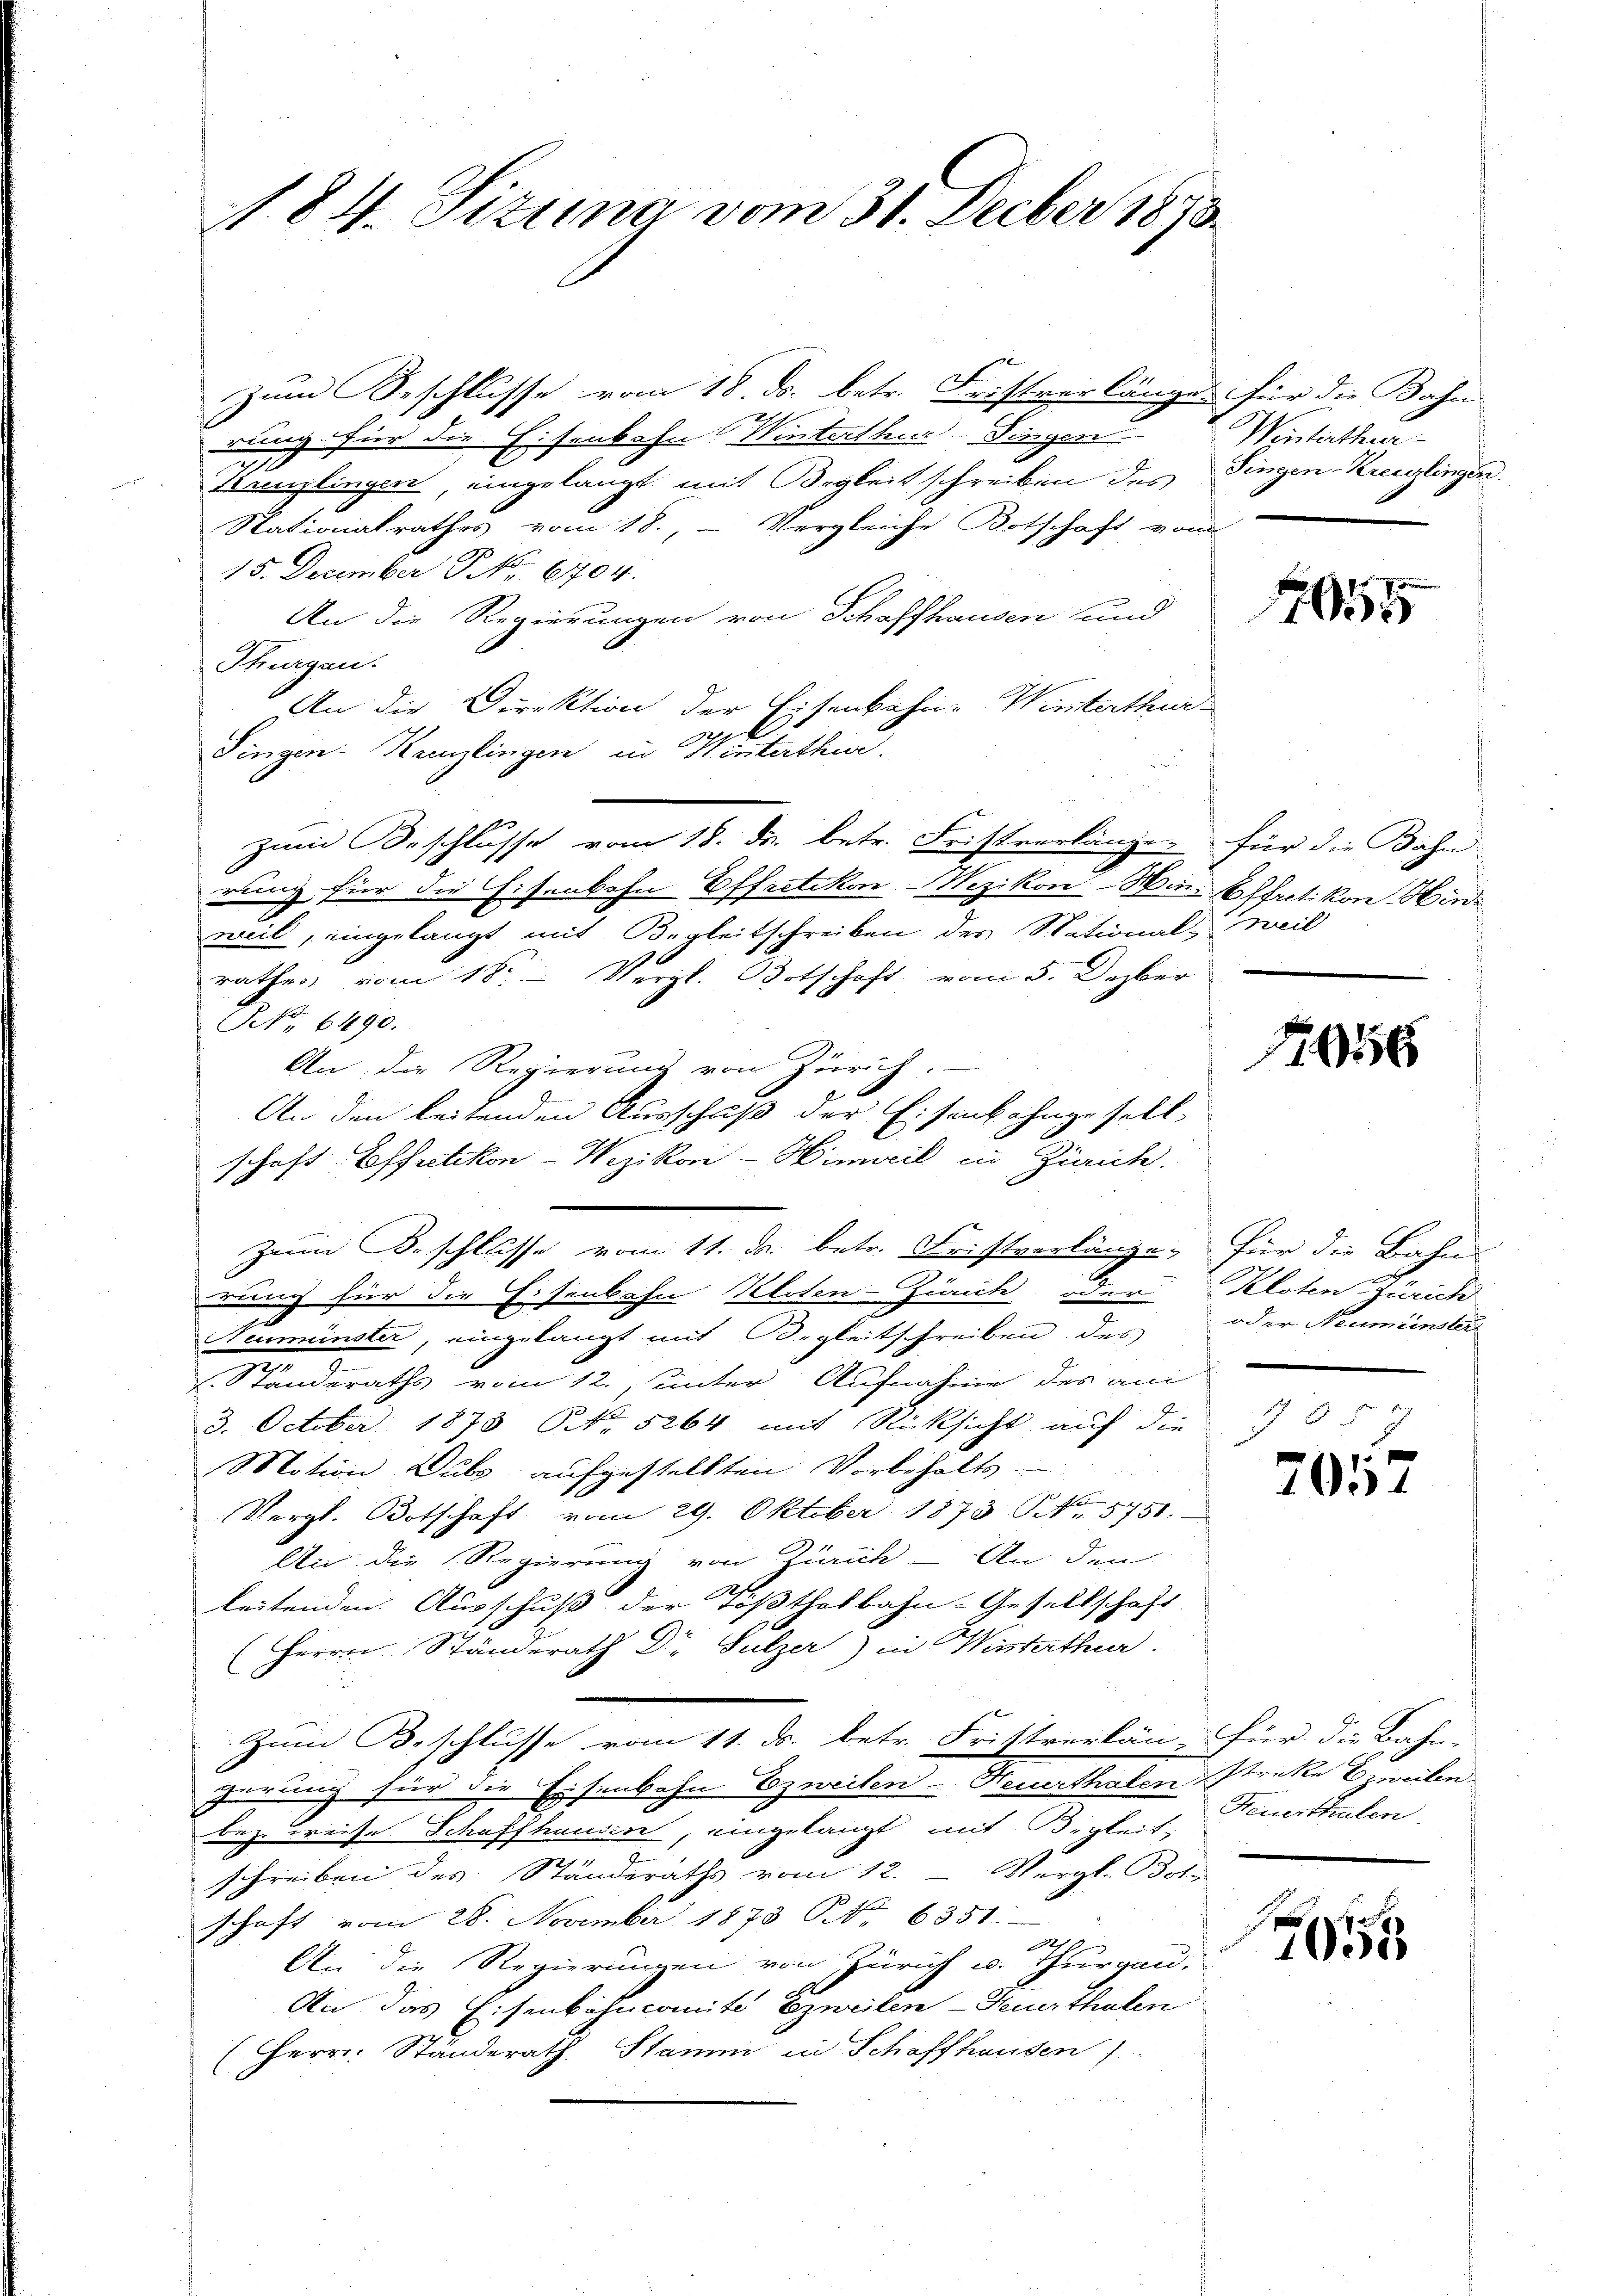
1.84. Tituna vom 31. Decber 1873.

Zum Beschlusse vom 18. ds. betr. Fristverlänge für die Bahn
rung für die Eisenbahn Winterthur–Singen.
Baenzlingen, eingelangt mit Begleit schreiben des Fingen Kreuzlingen.
Nationalrathes vom 18., Vergleiche Botschaft vom
15. December No. 6704.
An die Regierungen von Schaffhausen und
Thurgen.
An die Direktion der Eisenbahn-Winterthur

Singen-Kanzlingen in Hinterthur.
zum Beschlusse vom 18. ds. betr. Fristverlänger für die Bahn
rung für die Eisenbahn Effretikon-Wezikon - Wie Effretikon Hinweil, eingelangt mit Begleitschreiben des Stational-Weil
rathes vom 18. Vergl. Botschaft vom 5. Dezber
NNo. 6490.
An die Regierung von Zürich.
An den leitenden Ausschuß der Eisenbahngesell,
schaft Effretikon-Wezikon-Hinweil in Zürich.
zum Beschlusse vom 11. d. betr. Fristverlänge, für die Bahne
auch für die Eisenbahn Heiten-Zürich oder Kloten Zürich
Neinminster, eingelangt mit Begleitschreiben des
Ständeraths vom 12. unter Aufnahme des am
3. October 1873 No 5264 mit Rücksicht auf die
NNotion Dubs aufgestellten Vorbehalts-
Vergl. Botschaft vom 29. Oktober 1873 No 5751.
An die Regierung von Zürich - An den
leitenden Ausschuß der Tößthalbahn-Gesellschaft
(Herrn Ständerath Dr Sulzer) in Wisterthur.
u
Zum Beschlusse vom 11. ds. betr. Fristverkan, für die Bahn-
gerung für die Eisenbahn Ezweilen-Neuerthalen streke zweiten
bez. weise Schaffhausen, eingelangt mit Bigleitschreiben des Ständeraths vom 12. Vergl. Bote
schaft vom 28. November 1873 ONNo. 6351.
De
An die Regierungen von Zürich u. Thurgau,
An das Eisenbahncomité Ezweilen - Heuerthalen
1. Herrn Ständerath Stamm in Schaffhausen)

Winterthur
2

1055

1956

.
oder Neumünster

7057

Feuerthalen.

7005